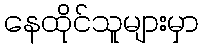
နေထိုင်သူများမှာ